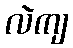
လဲကျ